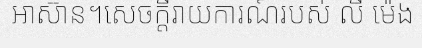
អាស៊ាន។សេចក្តីរាយការណ៍របស់ លី ម៉េង